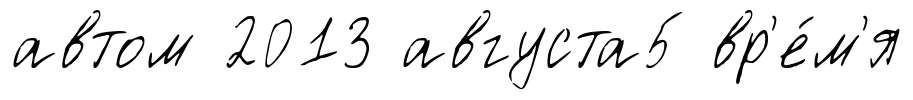
автом 2013 августа5 вр'е́м'я